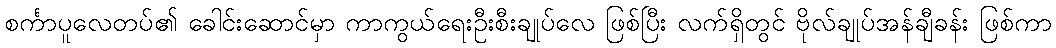
စင်္ကာပူလေတပ်၏ ခေါင်းဆောင်မှာ ကာကွယ်ရေးဦးစီးချုပ်လေ ဖြစ်ပြီး လက်ရှိတွင် ဗိုလ်ချုပ်အန်ချီခန်း ဖြစ်ကာ